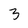
Character: 3